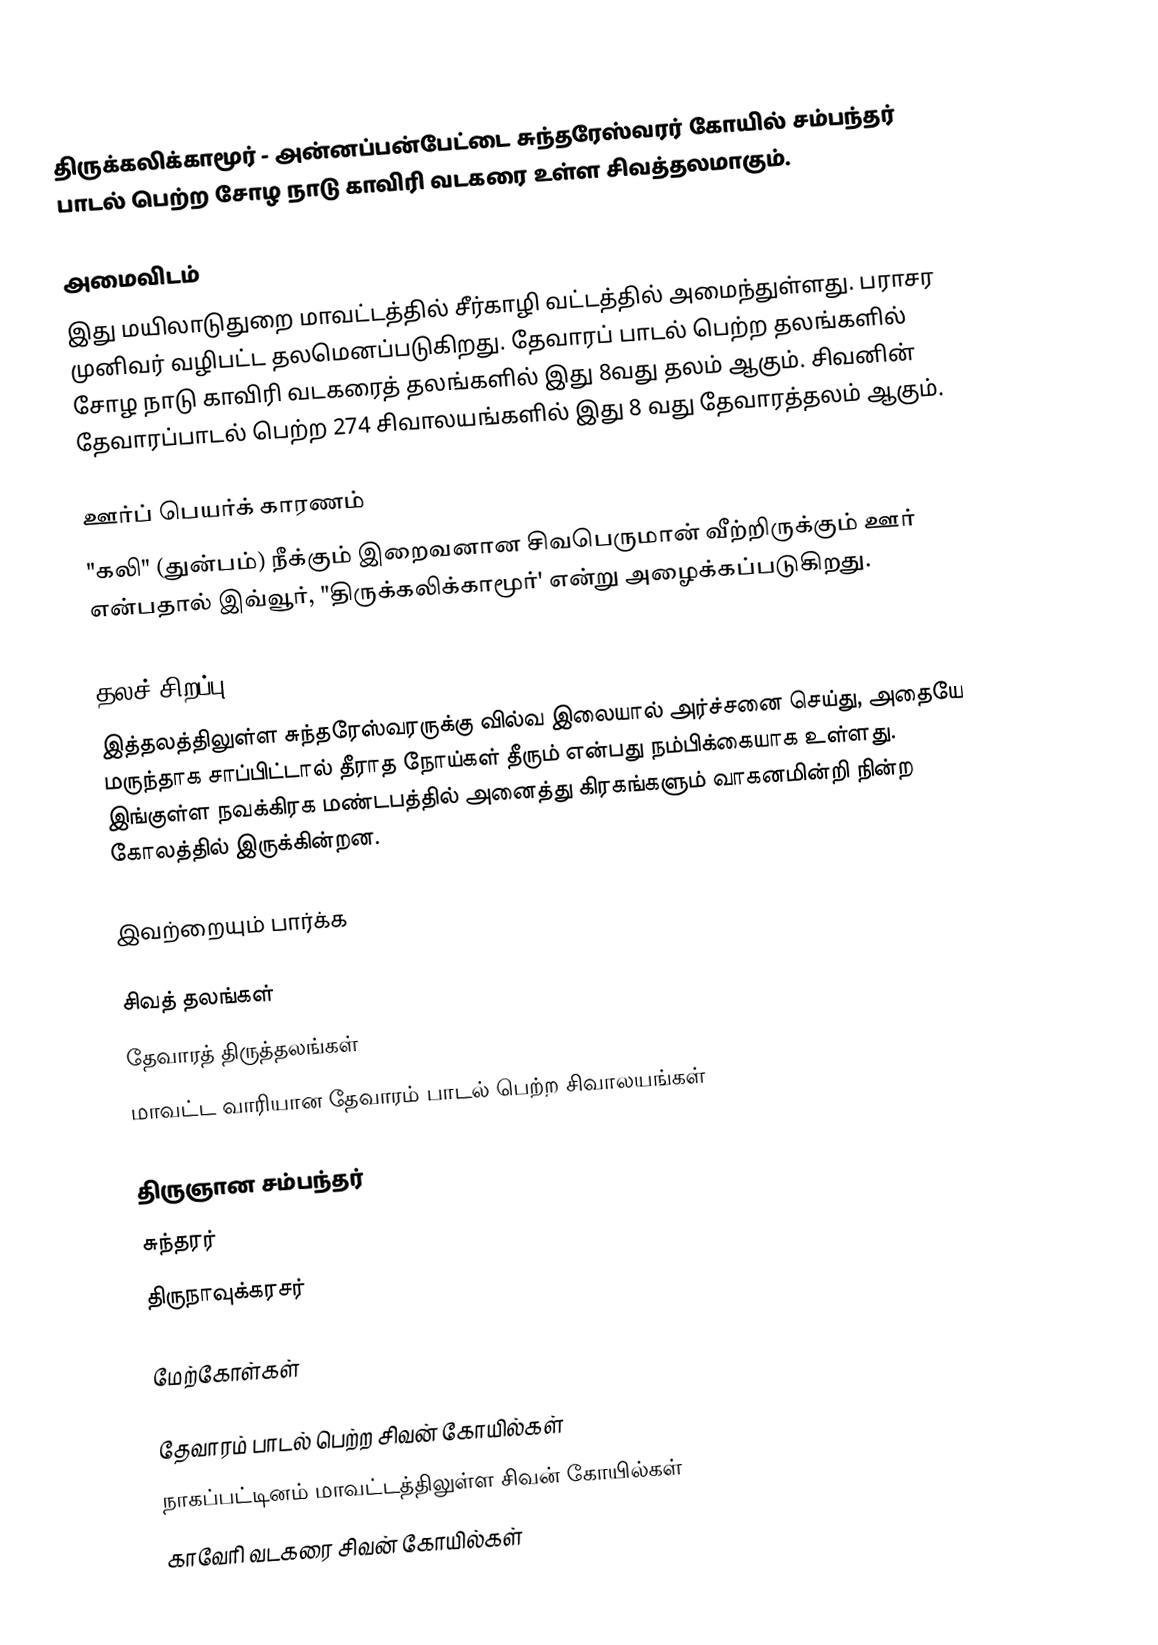
திருக்கலிக்காமூர் - அன்னப்பன்பேட்டை சுந்தரேஸ்வரர் கோயில் சம்பந்தர் பாடல் பெற்ற சோழ நாடு காவிரி வடகரை உள்ள சிவத்தலமாகும்.

அமைவிடம்
இது மயிலாடுதுறை மாவட்டத்தில்  சீர்காழி வட்டத்தில்   அமைந்துள்ளது.   பராசர முனிவர் வழிபட்ட தலமெனப்படுகிறது. தேவாரப் பாடல் பெற்ற தலங்களில் சோழ நாடு காவிரி வடகரைத் தலங்களில் இது 8வது தலம் ஆகும். சிவனின் தேவாரப்பாடல் பெற்ற 274 சிவாலயங்களில் இது 8 வது தேவாரத்தலம் ஆகும்.

ஊர்ப் பெயர்க் காரணம்
"கலி" (துன்பம்) நீக்கும் இறைவனான சிவபெருமான் வீற்றிருக்கும் ஊர் என்பதால் இவ்வூர், "திருக்கலிக்காமூர்' என்று அழைக்கப்படுகிறது.

தலச் சிறப்பு
இத்தலத்திலுள்ள சுந்தரேஸ்வரருக்கு வில்வ இலையால் அர்ச்சனை செய்து, அதையே மருந்தாக சாப்பிட்டால் தீராத நோய்கள் தீரும் என்பது நம்பிக்கையாக உள்ளது. இங்குள்ள நவக்கிரக மண்டபத்தில் அனைத்து கிரகங்களும் வாகனமின்றி நின்ற கோலத்தில் இருக்கின்றன.

இவற்றையும் பார்க்க

 சிவத் தலங்கள்
 தேவாரத் திருத்தலங்கள்
 மாவட்ட வாரியான தேவாரம் பாடல் பெற்ற சிவாலயங்கள்

 திருஞான சம்பந்தர்
 சுந்தரர்
 திருநாவுக்கரசர்

மேற்கோள்கள்

தேவாரம் பாடல் பெற்ற சிவன் கோயில்கள்
நாகப்பட்டினம் மாவட்டத்திலுள்ள சிவன் கோயில்கள்
காவேரி வடகரை சிவன் கோயில்கள்